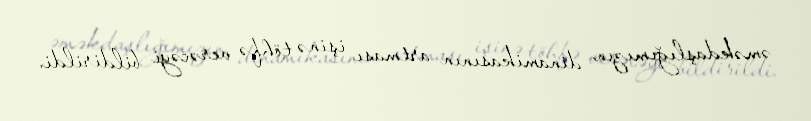
əməkdaşlığımızın dinamikasının artması işinə töhfə verəcəyi bildirildi.